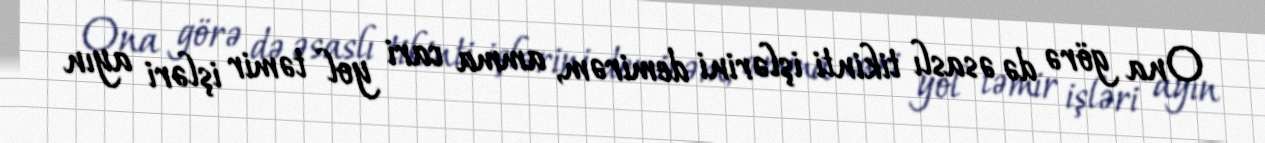
Ona görə də əsaslı tikinti işlərini demirəm, amma cari yol təmir işləri ayın